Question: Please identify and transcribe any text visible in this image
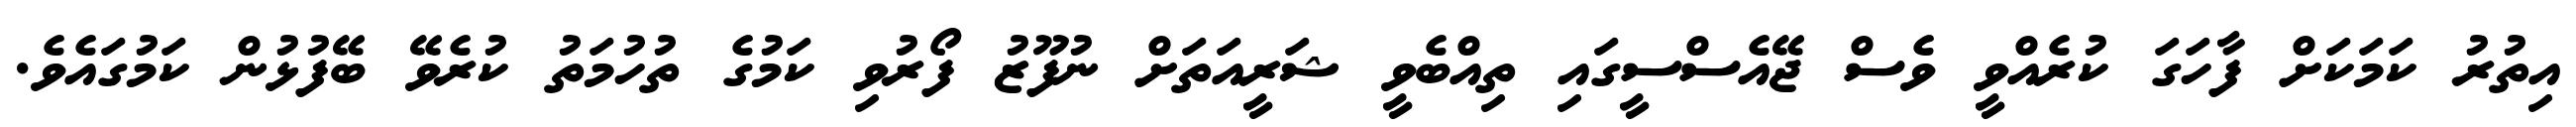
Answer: އިތުރު ކަމަކަށް ފާހަގަ ކުރެއްވީ ވެސް ޖޭއެސްސީގައި ތިއްބެވީ ޝަރީއަތަށް ނުފޫޒު ފޯރުވި ކަމުގެ ތުހުމަތު ކުރެވޭ ބޭފުޅުން ކަމުގައެވެ.